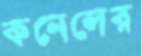
কনেলের